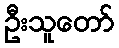
ဦးသူတော်